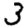
Digit: 3